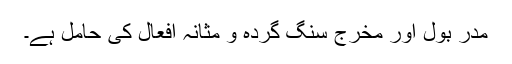
مدرِّ بول اور مخرج سنگِ گردہ و مثانہ افعال کی حامل ہے۔